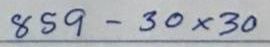
859 - 30 x 30